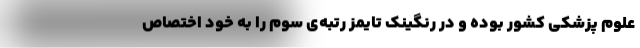
علوم پزشکی کشور بوده و در رنگینک تایمز رتبه‌ی سوم را به خود اختصاص